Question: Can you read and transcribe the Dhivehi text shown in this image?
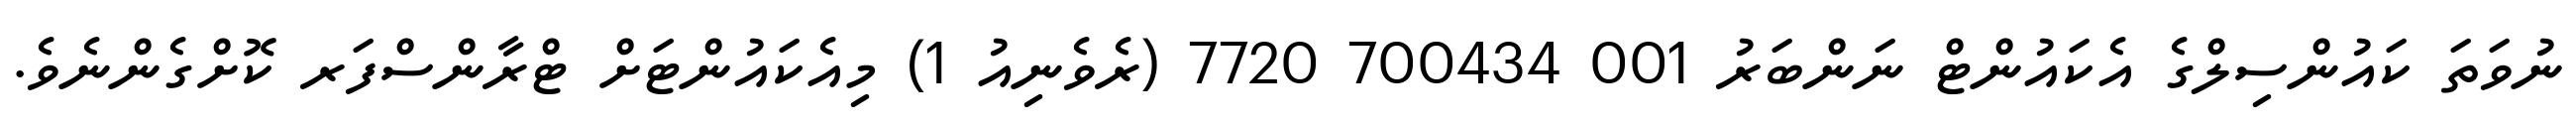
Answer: ނުވަތަ ކައުންސިލްގެ އެކައުންޓް ނަންބަރު 001 700434 7720 (ރެވެނިއު 1) މިއެކައުންޓަށް ޓްރާންސްފަރ ކޮށްގެންނެވެ.